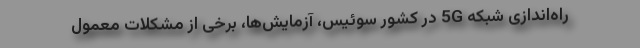
راه‌اندازی شبکه 5G در کشور سوئیس، آزمایش‌ها، برخی از مشکلات معمول